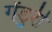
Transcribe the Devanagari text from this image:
गेंडुरी